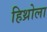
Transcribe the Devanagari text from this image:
हिथ्रोला